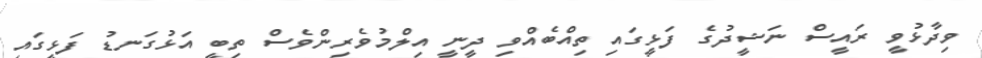
ވިދާޅުވީ ރައީސް ނަޝީދުގެ ފަޅީގައި ތިއްބެއްވި ދީނީ އިލްމުވެރިންވެސް ތިބީ އަޅުގަނޑު ފަޅީގައި